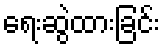
ရေးဆွဲထားခြင်း